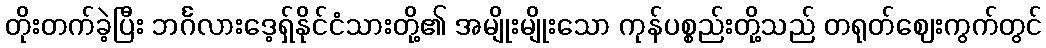
တိုးတက်ခဲ့ပြီး ဘင်္ဂလားဒေ့ရှ်နိုင်ငံသားတို့၏ အမျိုးမျိုးသော ကုန်ပစ္စည်းတို့သည် တရုတ်ဈေးကွက်တွင်